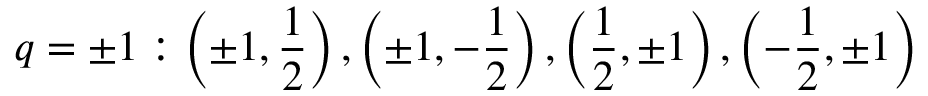
q = \pm 1 : \left( \pm 1 , \frac { 1 } { 2 } \right) , \left( \pm 1 , - \frac { 1 } { 2 } \right) , \left( \frac { 1 } { 2 } , \pm 1 \right) , \left( - \frac { 1 } { 2 } , \pm 1 \right)